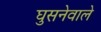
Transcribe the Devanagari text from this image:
घुसनेवाले